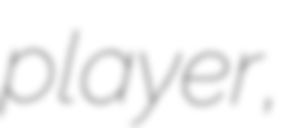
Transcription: player,